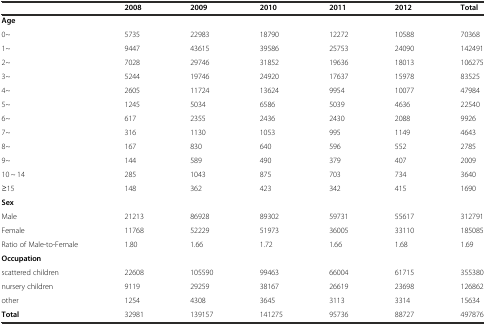
<table><thead><tr><td></td><td><b>2008</b></td><td><b>2009</b></td><td><b>2010</b></td><td><b>2011</b></td><td><b>2012</b></td><td><b>Total</b></td></tr></thead><tbody><tr><td><b>Age</b></td><td></td><td></td><td></td><td></td><td></td><td></td></tr><tr><td>0~</td><td>5735</td><td>22983</td><td>18790</td><td>12272</td><td>10588</td><td>70368</td></tr><tr><td>1~</td><td>9447</td><td>43615</td><td>39586</td><td>25753</td><td>24090</td><td>142491</td></tr><tr><td>2~</td><td>7028</td><td>29746</td><td>31852</td><td>19636</td><td>18013</td><td>106275</td></tr><tr><td>3~</td><td>5244</td><td>19746</td><td>24920</td><td>17637</td><td>15978</td><td>83525</td></tr><tr><td>4~</td><td>2605</td><td>11724</td><td>13624</td><td>9954</td><td>10077</td><td>47984</td></tr><tr><td>5~</td><td>1245</td><td>5034</td><td>6586</td><td>5039</td><td>4636</td><td>22540</td></tr><tr><td>6~</td><td>617</td><td>2355</td><td>2436</td><td>2430</td><td>2088</td><td>9926</td></tr><tr><td>7~</td><td>316</td><td>1130</td><td>1053</td><td>995</td><td>1149</td><td>4643</td></tr><tr><td>8~</td><td>167</td><td>830</td><td>640</td><td>596</td><td>552</td><td>2785</td></tr><tr><td>9~</td><td>144</td><td>589</td><td>490</td><td>379</td><td>407</td><td>2009</td></tr><tr><td>10 ~ 14</td><td>285</td><td>1043</td><td>875</td><td>703</td><td>734</td><td>3640</td></tr><tr><td>≥15</td><td>148</td><td>362</td><td>423</td><td>342</td><td>415</td><td>1690</td></tr><tr><td><b>Sex</b></td><td></td><td></td><td></td><td></td><td></td><td></td></tr><tr><td>Male</td><td>21213</td><td>86928</td><td>89302</td><td>59731</td><td>55617</td><td>312791</td></tr><tr><td>Female</td><td>11768</td><td>52229</td><td>51973</td><td>36005</td><td>33110</td><td>185085</td></tr><tr><td>Ratio of Male-to-Female</td><td>1.80</td><td>1.66</td><td>1.72</td><td>1.66</td><td>1.68</td><td>1.69</td></tr><tr><td><b>Occupation</b></td><td></td><td></td><td></td><td></td><td></td><td></td></tr><tr><td>scattered children</td><td>22608</td><td>105590</td><td>99463</td><td>66004</td><td>61715</td><td>355380</td></tr><tr><td>nursery children</td><td>9119</td><td>29259</td><td>38167</td><td>26619</td><td>23698</td><td>126862</td></tr><tr><td>other</td><td>1254</td><td>4308</td><td>3645</td><td>3113</td><td>3314</td><td>15634</td></tr><tr><td><b>Total</b></td><td>32981</td><td>139157</td><td>141275</td><td>95736</td><td>88727</td><td>497876</td></tr></tbody></table>